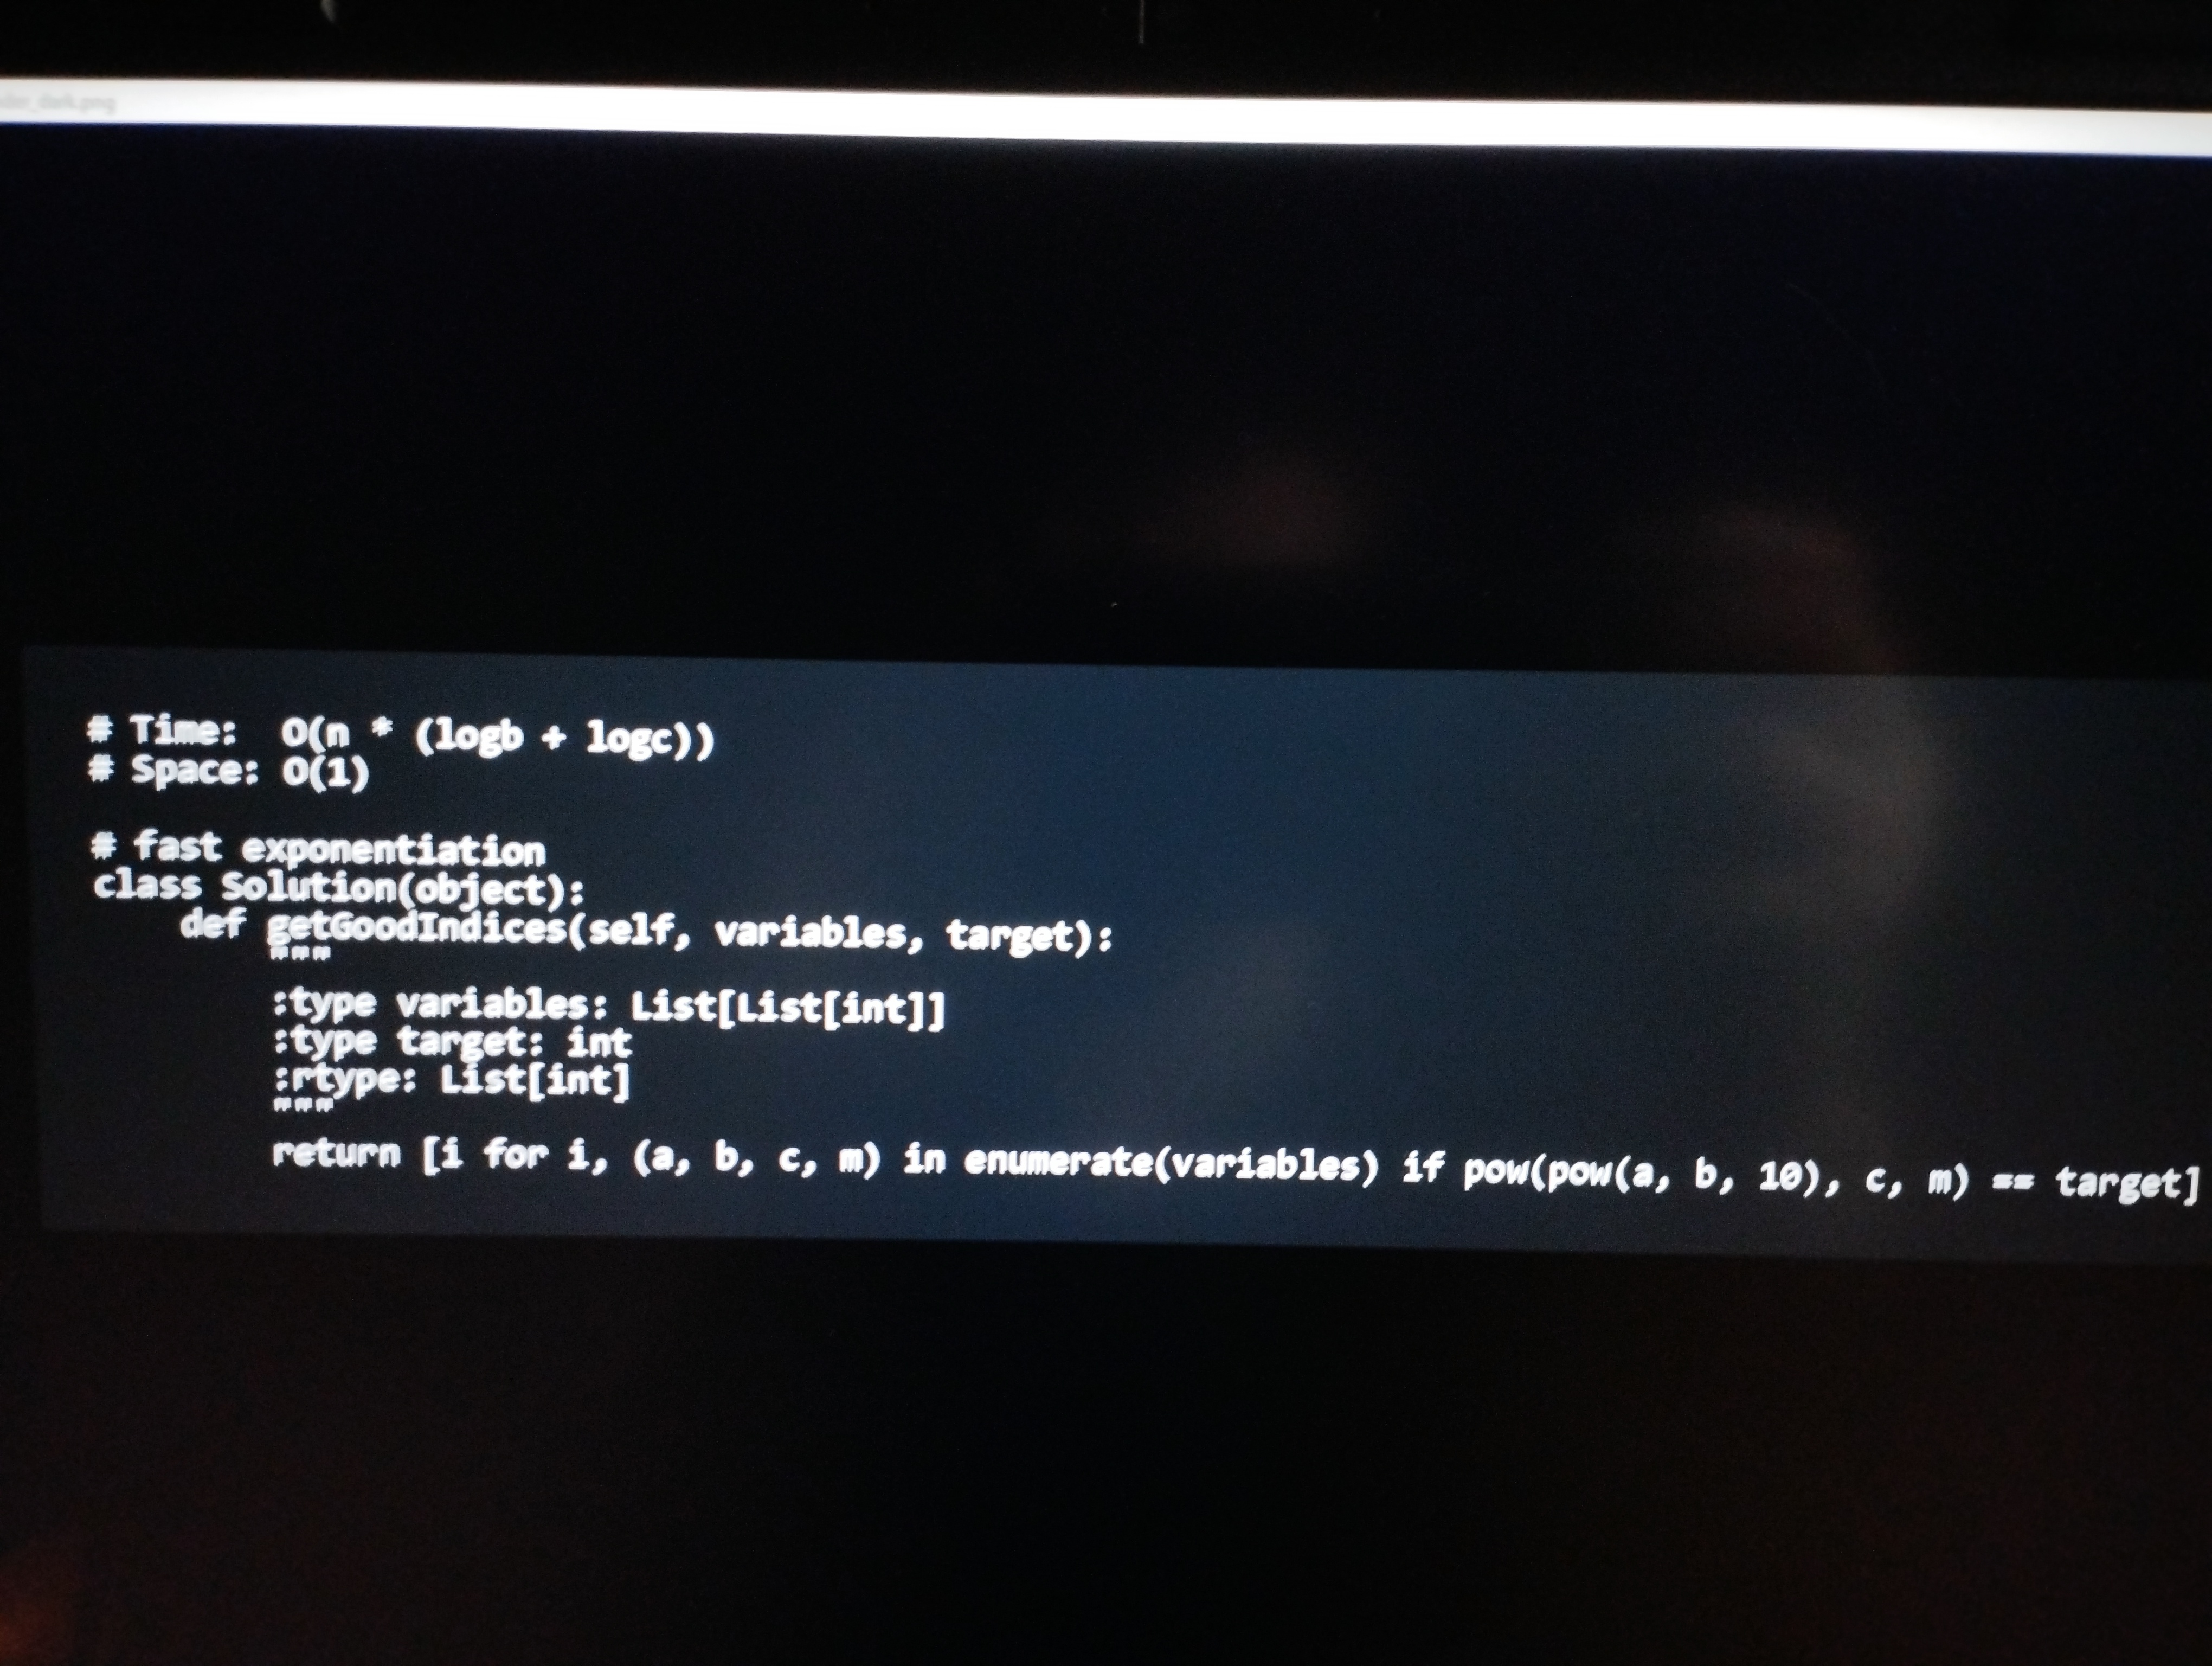
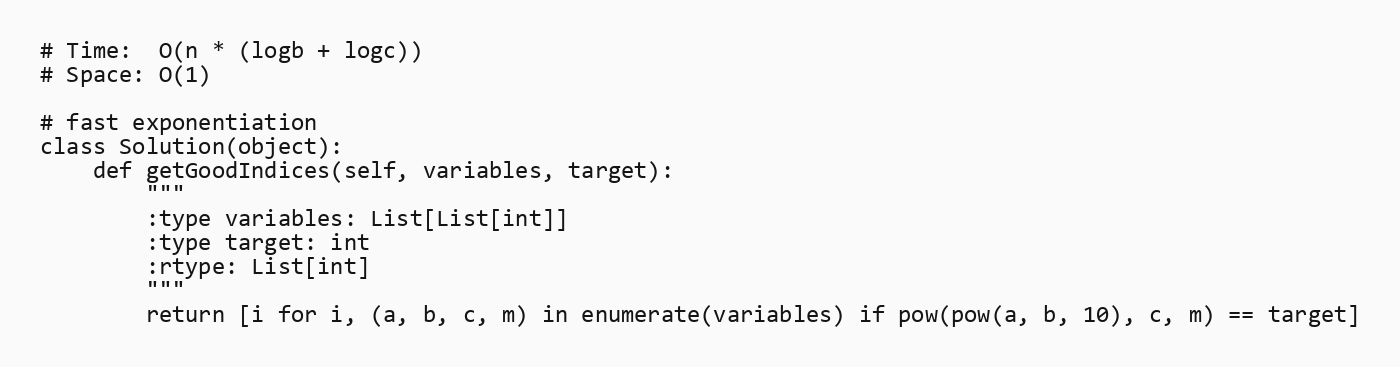
# Time:  O(n * (logb + logc))
# Space: O(1)

# fast exponentiation
class Solution(object):
    def getGoodIndices(self, variables, target):
        """
        :type variables: List[List[int]]
        :type target: int
        :rtype: List[int]
        """
        return [i for i, (a, b, c, m) in enumerate(variables) if pow(pow(a, b, 10), c, m) == target]